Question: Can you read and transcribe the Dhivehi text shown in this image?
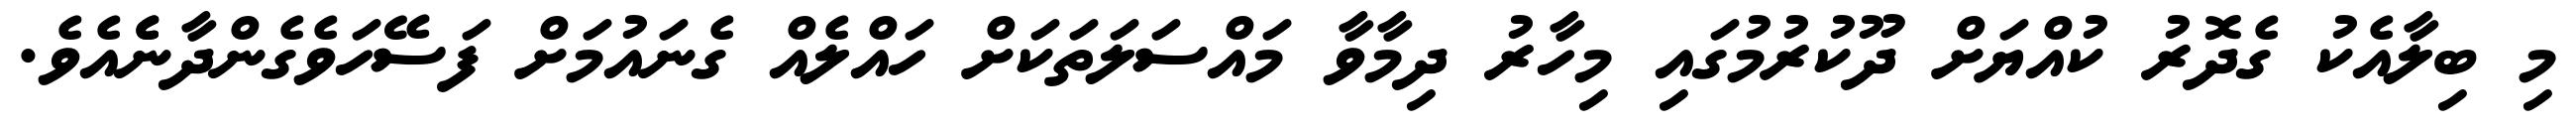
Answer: މި ބިލާއެކު ގެދޮރު ކުއްޔަށް ދޫކުރުމުގައި މިހާރު ދިމާވާ މައްސަލަތަކަށް ހައްލެއް ގެނައުމަށް ފަސޭހަވެގެންދާނެެއެވެ.